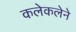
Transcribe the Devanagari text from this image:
कलेकलेने